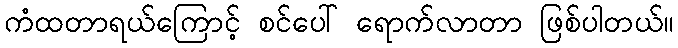
ကံထတာရယ်ကြောင့် စင်ပေါ် ရောက်လာတာ ဖြစ်ပါတယ်။